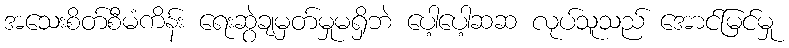
အသေးစိတ်စီမံကိန်း ရေးဆွဲချမှတ်မှုမရှိဘဲ ပေါ့ပေါ့ဆဆ လုပ်သူသည် အောင်မြင်မှု